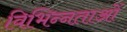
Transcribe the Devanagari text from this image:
विभिन्‍नताओं